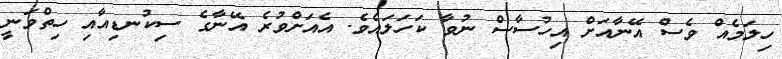
ހިލަމެއް ވެސް އޭނާއަށް އިހުސާސް ނުވާ ކަހަލައެވެ. އެއަށްވުރެ އޭނާގެ ސިކުނޑިއާއި ހިތްވަނީ